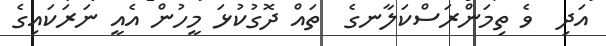
އަދި  ވެ ތިމަންރަސްކަލާނގެ  ތައް ދޮގުކުޅަ މީހުން އެއީ ނަރަކައިގެ